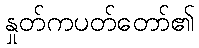
နှုတ်ကပတ်တော်၏